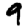
Digit: 9